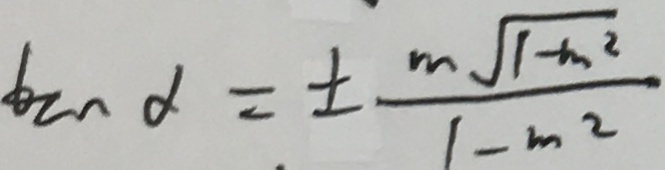
\tan \alpha = \pm \frac { m \sqrt { 1 - m ^ { 2 } } } { 1 - m ^ { 2 } }